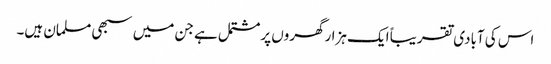
اس کی آبادی تقریباً ایک ہزارگھروں پرمشتمل ہے جن میں سبھی مسلمان ہیں۔